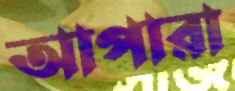
আপারা